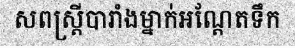
សពស្ត្រីបារាំងម្នាក់អណ្តែតទឹក